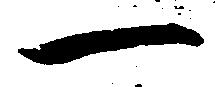
一